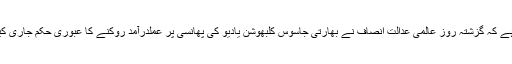
یاد رہے کہ گزشتہ روز عالمی عدالت انصاف نے بھارتی جاسوس کلبھوشن یادیو کی پھانسی پر عملدرآمد روکنے کا عبوری حکم جاری کیا تھا۔